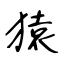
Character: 猿